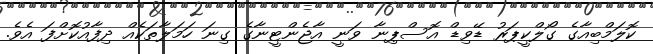
ކޮލަމްބިއާގެ ގޯލްކީޕަރު ޑޭވިޑް އޮސްޕިނާ ވަނީ އާޖެންޓީނާގެ ގިނަ ހަމަލާތަކެއް ދިފާއުކޮށްފަ އެެވެ.